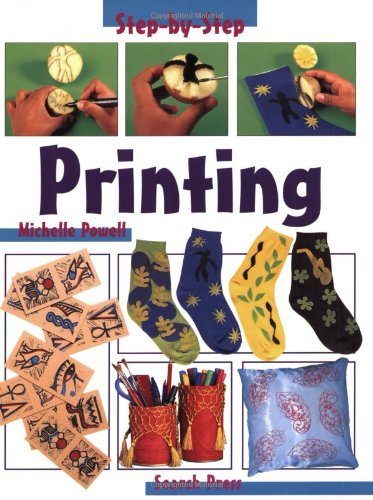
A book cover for Printing (Step-by-Step Children's Crafts); Michelle Powell; Teen & Young Adult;